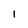
Character: I